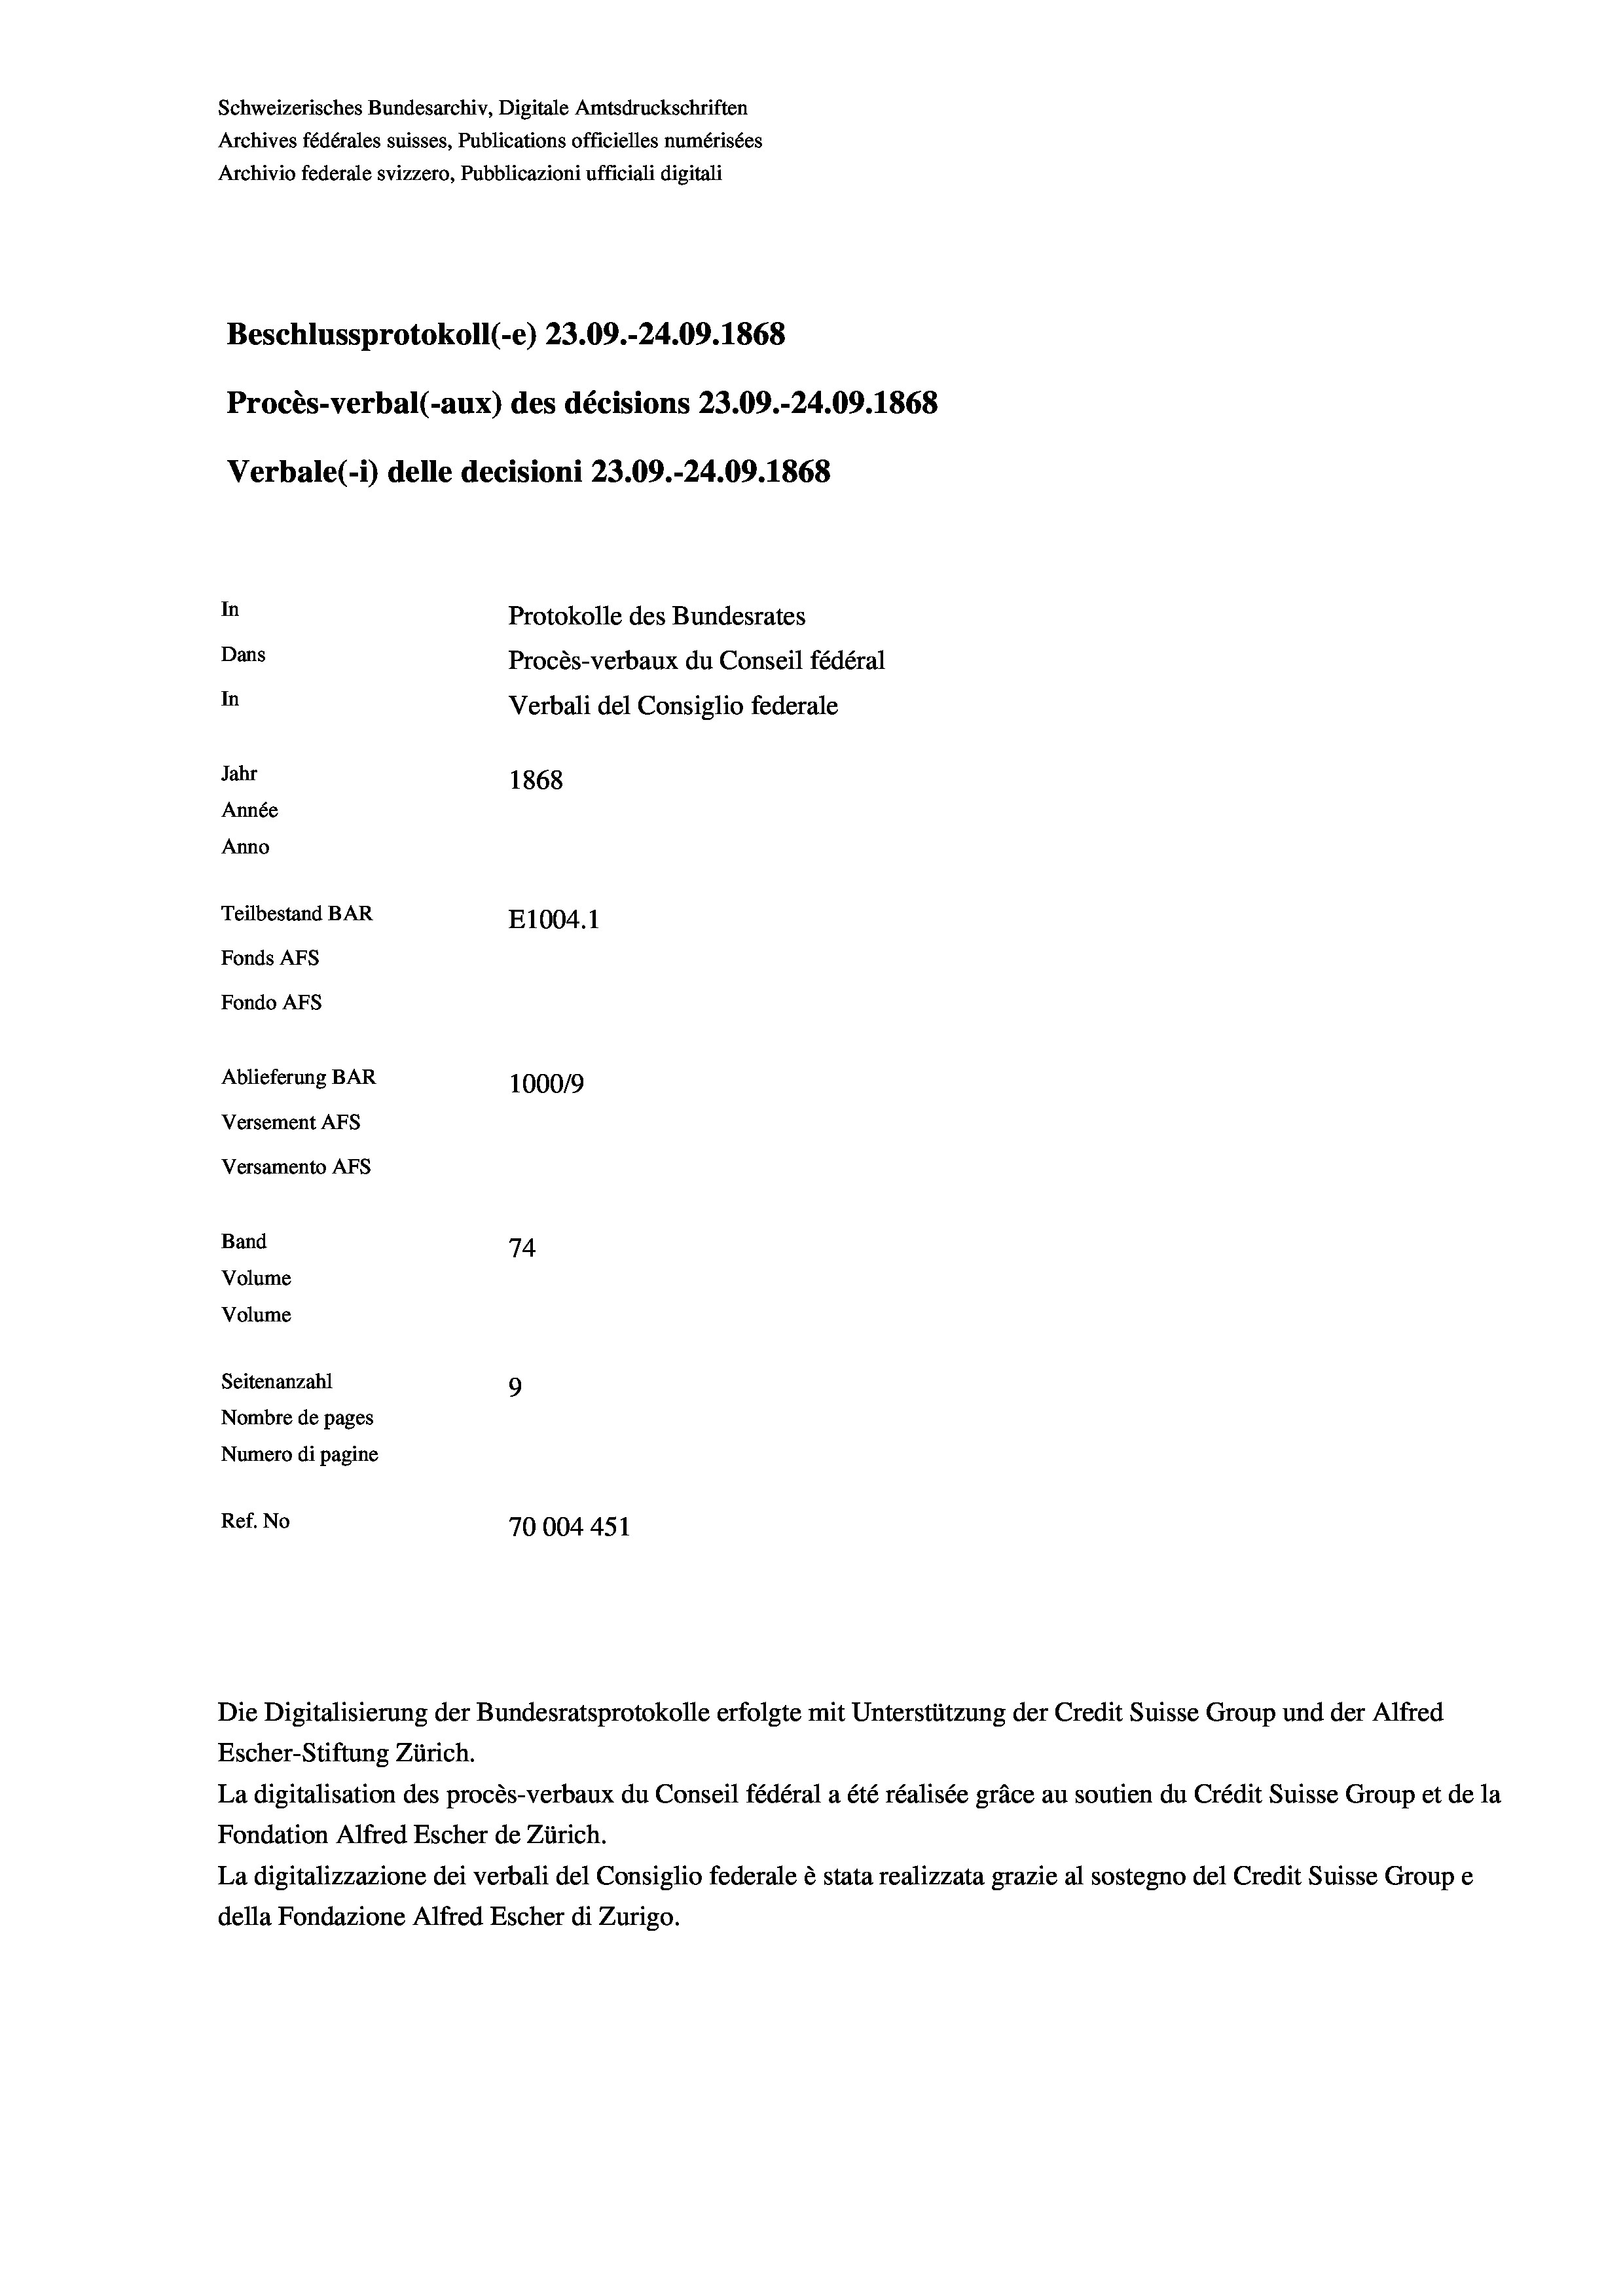
Schweizerisches Bundesarchiv, Digitale Amtsdruckschriften
Archives fédérales suisses, Publications officielles numérisées
Archivio federale svizzero, Pubblicazioni ufficiali digitali
Beschlussprotokoll (-e) 23.09.-24.09. 1868
Procès-verbal (-aux) des décisions 23.09.-24.09. 1868
Verbale(*) delle decisioni 23.09.-24.09. 1868
In
Protokolle des Bundesrates
Dans
Procès-verbaux du Conseil fédéral
In
Verbali del Consiglio federale
Jahr
1868
Année
Anno
Teilbestand BAR
E1004.1
Fonds AFs
Fondo AFs
Ablieferung BAR
100019
Versement AFs
Versamento AFs
Band
74
Volume
Volume
Seitenanzahl
9
Nombre de pages
Numero di pagine
Ref. No
70004451

Die Digitalisierung der Bundesratsprotokolle erfolgte mit Unterstützung der Credit Suisse Group und der Alfred
Escher-Stiftung Zürich.
La digitalisation des procès-verbaux du Conseil fédéral a été réalisée gräce au soutien du Crédit Suisse Group et de la
Fondation Alfred Escher de Zürich.
La digitalizzazione dei verbali del Consiglio federale è stata realizzata grazie al sostegno del Credit Suisse Groupe
della Fondazione Alfred Escher di Zurigo.